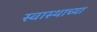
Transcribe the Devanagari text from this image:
स्वास्थाच्या